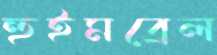
হুইমব্রেল